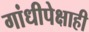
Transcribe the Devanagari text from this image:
गांधीपेक्षाही